Source: Computer-generated
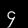
Digit: ၄ (4)